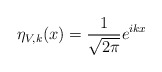
\begin{align*}\eta_{V,k}(x)=\frac{1}{\sqrt{2\pi}}e^{ikx}\end{align*}